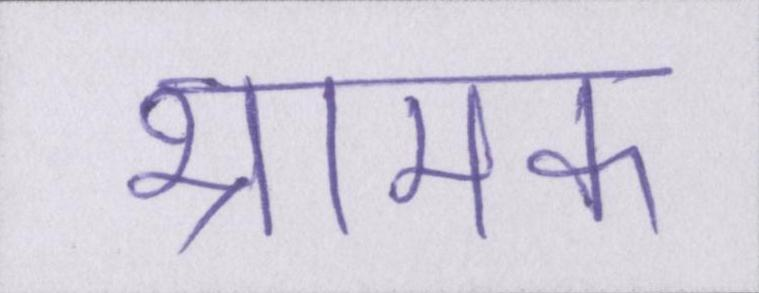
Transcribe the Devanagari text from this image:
भ्रामक